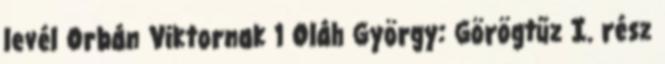
levél Orbán Viktornak 1 Oláh György: Görögtűz I. rész